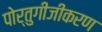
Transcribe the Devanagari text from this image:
पोर्तुगीजीकरण